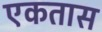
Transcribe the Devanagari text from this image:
एकतास